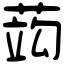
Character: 𦵑